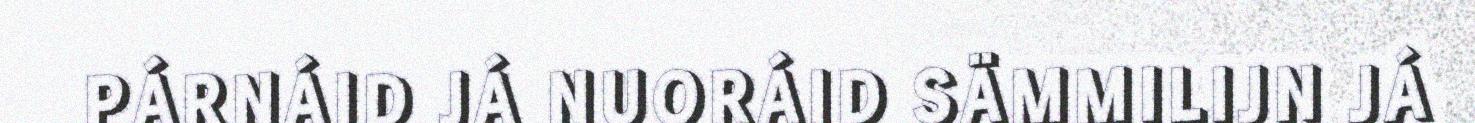
PÁRNÁID JÁ NUORÁID SÄMMILIJN JÁ